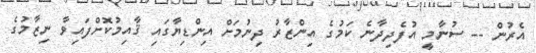
އެރުން -- ސުނާމީ އުފެދިދާނެ ކަމުގެ އިންޒާރު ދިނުމަށް އިންޑިޔާގައި ޤާއިމުކޮށްފައިވާ ނިޒާމުގެ